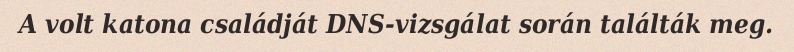
A volt katona családját DNS-vizsgálat során találták meg.